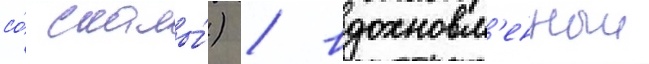
со́ скалы́) / вдохновл'енныи